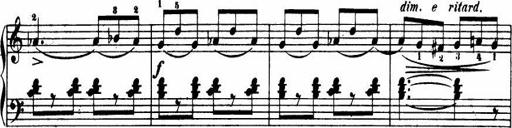
Title: Le bouquetier
Composer: Anton Diabelli
Key: G major
 C major
 F major
 C major